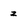
Character: z